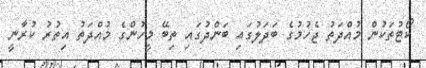
ކޯޓުތަކުން މުއްދަތު ޖެހުމުގެ ބަދަލުގައި ބަންދުގައި ތިބޭ މީހުންގެ މުއްދަތު އިތުރު ކުރާނީ